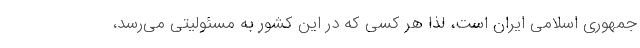
جمهوری اسلامی ایران است، لذا هر کسی که در این کشور به مسئولیتی می‌رسد،